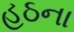
હઠના